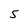
Character: 5